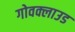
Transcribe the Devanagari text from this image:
गोवक्लाउड